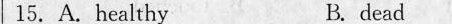
15.A.healthy B.dead